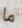
ما